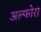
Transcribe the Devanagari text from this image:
अल्फोरा